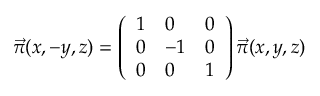
\vec { \pi } ( x , - y , z ) = \left( \begin{array} { l l l } { { 1 } } & { { 0 } } & { { 0 } } \\ { { 0 } } & { { - 1 } } & { { 0 } } \\ { { 0 } } & { { 0 } } & { { 1 } } \end{array} \right) \vec { \pi } ( x , y , z )